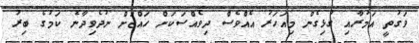
ވަގުތީ އަމުރާއި ގުޅިގެން މިއަހަރު އެއްވެސް ދިވެއްސަކަށް ހައްޖަށް ނުދެވިދާނެ ކަމުގެ ބިރު